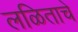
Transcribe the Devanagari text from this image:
लळिताचे